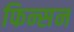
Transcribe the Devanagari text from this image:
फिन्सन